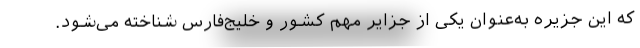
که این جزیره به‌عنوان یکی از جزایر مهم کشور و خلیج‌فارس شناخته می‌شود.